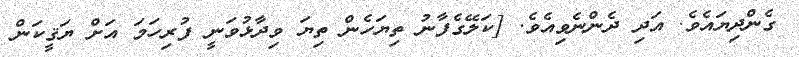
ގެންދިޔައެވެ. އަދި ދެންނެވިއެވެ. [ކަލޭގެފާނު ތިޔަހެން ތިޔަ ވިދާޅުވަނީ ފުރިހަމަ އަށް ޔަޤީކަން